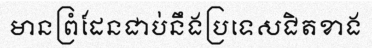
មានព្រំដែនជាប់នឹងប្រទេសជិតខាង